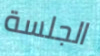
الجلسة